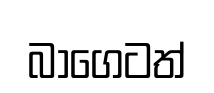
බාගෙටත්